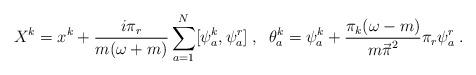
LaTeX: \begin{align*}X^k=x^k+\frac{i\pi_r}{m(\omega+m)}\sum_{a=1}^{N} [\psi^k_a,\psi^r_a]\;,\;\;\theta^k_a=\psi_a^k+\frac{\pi_k(\omega-m)}{{m \vec\pi}^2}\pi_r\psi^r_a \;.\end{align*}